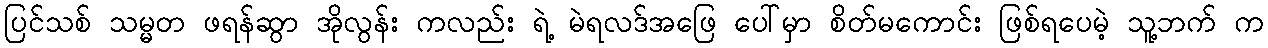
ပြင်သစ် သမ္မတ ဖရန်ဆွာ အိုလွန်း ကလည်း ရဲ့ မဲရလဒ်အဖြေ ပေါ်မှာ စိတ်မကောင်း ဖြစ်ရပေမဲ့ သူ့ဘက် က